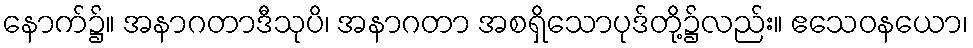
နောက်၌။ အနာဂတာဒီသုပိ၊ အနာဂတာ အစရှိသောပုဒ်တို့၌လည်း။ ဧသေဝနယော၊